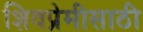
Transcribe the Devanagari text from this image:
शिवप्रेमीसाठी